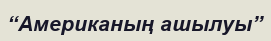
“Американың ашылуы”